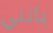
بأنني